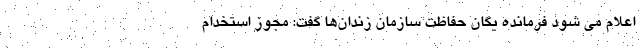
اعلام می شود فرمانده یگان حفاظت سازمان زندان‌ها گفت: مجوز استخدام